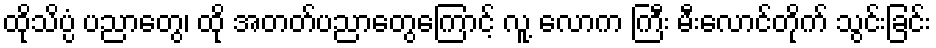
ထိုသိပ္ပံ ပညာတွေ၊ ထို အတတ်ပညာတွေကြောင့် လူ့ လောက ကြီး မီးလောင်တိုက် သွင်းခြင်း